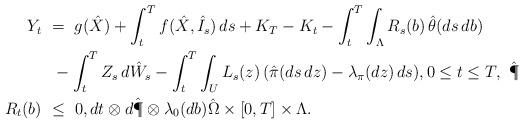
LaTeX: \begin{align*}Y_t \ &= \ g(\hat X) + \int_t^T f(\hat X,\hat I_s)\,ds + K_T - K_t - \int_t^T\int_\Lambda R_s(b)\,\hat \theta(ds\,db) \\&\ -\int_t^T Z_s\,d\hat W_s - \int_t^T\int_U L_s(z)\,(\hat\pi(ds\,dz)-\lambda_\pi(dz)\,ds),0 \leq t \leq T,\,\,\hat\P \\R_t(b) \ &\leq \ 0, dt\otimes d\hat\P\otimes\lambda_0(db)\hat\Omega\times[0,T]\times \Lambda. \end{align*}